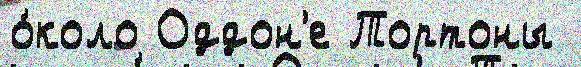
о́коло Оддон'е Тортоны